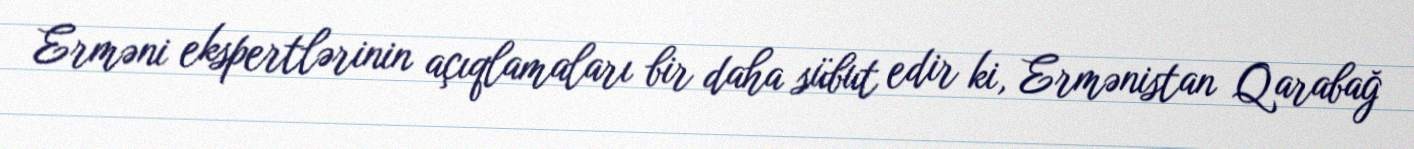
Erməni ekspertlərinin açıqlamaları bir daha sübut edir ki, Ermənistan Qarabağ